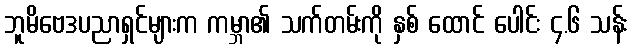
ဘူမိဗေဒပညာရှင်များက ကမ္ဘာ၏ သက်တမ်းကို နှစ် ထောင် ပေါင်း ၄.၆ သန်း